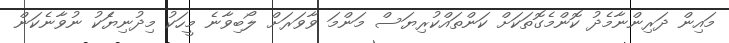
މައިން ދަރިންނާމެދު ކޮންމެގޮތަކަށް ކަންތައްކުރިޔަސް މަންމަ ވާވަރަށް ލޯބިވާނެ މީހަކު މިދުނިޔެެަކު ނުވާނެކަން